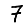
Digit: 7